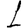
Digit: 1